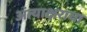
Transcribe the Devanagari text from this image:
अंत्याक्षराचा